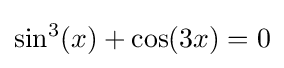
\sin ^{3}(x)+\cos(3x)=0